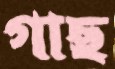
গাছ